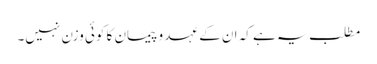
مطلب یہ ہے کہ ان کے عہد و پیمان کا کوئی وزن نہیں۔